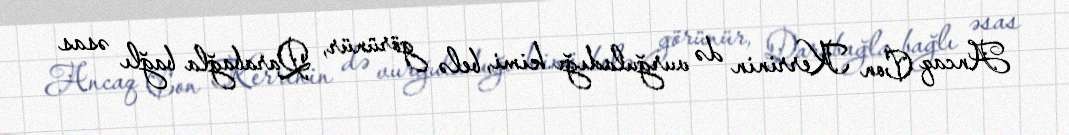
Ancaq Con Kerrinin də vurğuladığı kimi, belə görünür, Qarabağla bağlı əsas